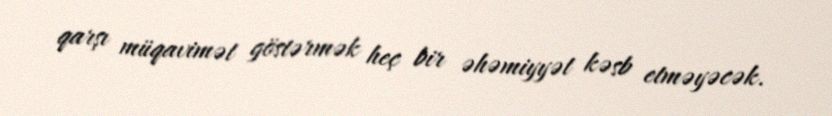
qarşı müqavimət göstərmək heç bir əhəmiyyət kəsb etməyəcək.